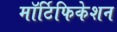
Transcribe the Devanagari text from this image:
मॉर्टिफिकेशन